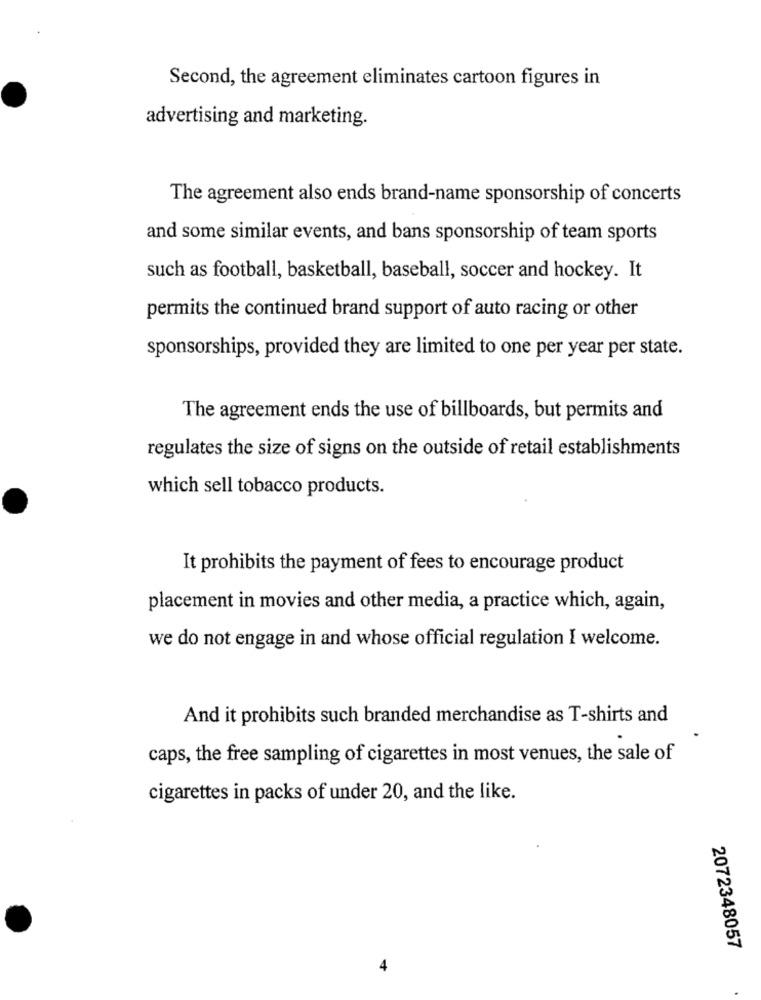
Second, the agreement eliminates cartoon figures in
advertising and marketing.
The agreement also ends brand-name sponsorship of concerts
and some similar events, and bans sponsorship of team sports
such as football, basketball, baseball, soccer and hockey. It
permits the continued brand support of auto racing or other
sponsorships, provided they are limited to one per year per state.
The agreement ends the use of billboards, but permits and
regulates the size of signs on the outside of retail establishments
which sell tobacco products.
It prohibits the payment of fees to encourage product
placement in movies and other media, a practice which, again,
we do not engage in and whose official regulation I welcome.
And it prohibits such branded merchandise as T-shirts and
caps, the free sampling of cigarettes in most venues, the sale of
cigarettes in packs of under 20, and the like.
2072348057